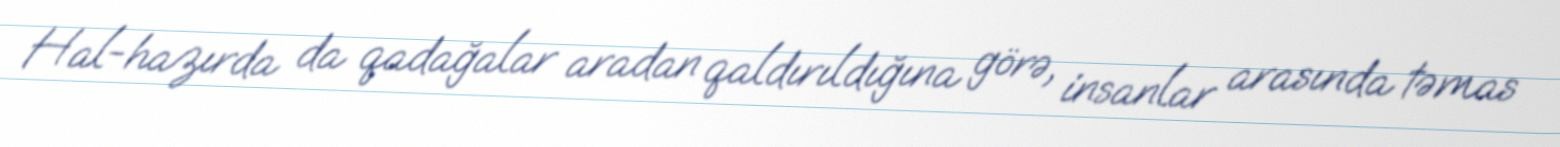
Hal-hazırda da qadağalar aradan qaldırıldığına görə, insanlar arasında təmas